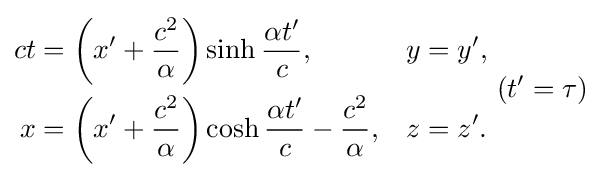
{\begin{aligned}ct&=\left(x'+{\frac {c^{2}}{\alpha }}\right)\sinh {\frac {\alpha t'}{c}},&y&=y',\\x&=\left(x'+{\frac {c^{2}}{\alpha }}\right)\cosh {\frac {\alpha t'}{c}}-{\frac {c^{2}}{\alpha }},&z&=z'.\end{aligned}}\ (t'=\tau )